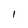
Character: I